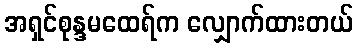
အရှင်စုန္ဒမထေရ်က လျှောက်ထားတယ်